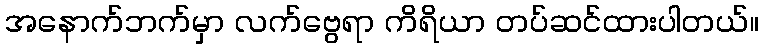
အနောက်ဘက်မှာ လက်ဗွေရာ ကိရိယာ တပ်ဆင်ထားပါတယ်။